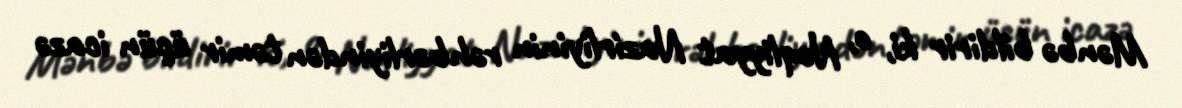
Mənbə bildirir ki, o, Nəqliyyat Nazirliyinin rəhbərliyindən təmir üçün icazə